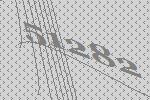
51282